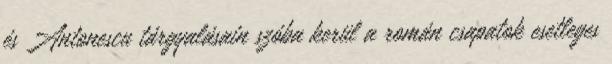
és Antonescu tárgyalásain szóba kerül a román csapatok esetleges